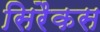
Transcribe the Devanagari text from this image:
सिरैकस